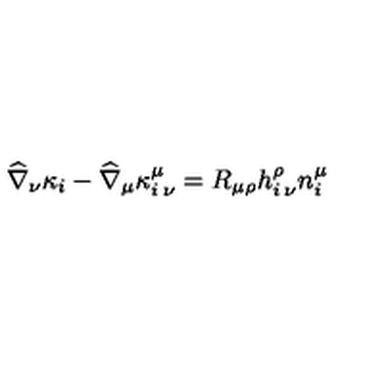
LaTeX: \widehat { \nabla } _ { \nu } \kappa _ { i } - \widehat { \nabla } _ { \mu } \kappa _ { i \: \nu } ^ { \mu } = R _ { \mu \rho } h _ { i \: \nu } ^ { \rho } n _ { i } ^ { \mu }